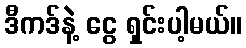
ဒီကဒ်နဲ့ ငွေ ရှင်းပါ့မယ်။